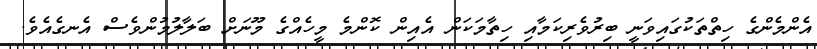
އެންމެންގެ ހިތްތަކުގައިވަނީ ބިރުވެރިކަމާއި ހިތާމަކަން އެއިން ކޮންމެ މީހެއްގެ މޫނަށް ބަލާލުމުންވެސް އެނގެއެވެ.